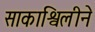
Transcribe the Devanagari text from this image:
साकाश्विलीने